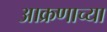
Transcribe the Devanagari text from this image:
आक्रणाच्या